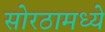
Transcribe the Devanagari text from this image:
सोरठामध्ये